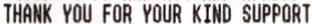
THANK YOU FOR KIND SUPPORT